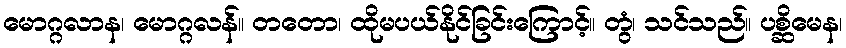
မောဂ္ဂလာန၊ မောဂ္ဂလန်။ တတော၊ ထိုမပယ်နိုင်ခြင်းကြောင့်။ တွံ၊ သင်သည်။ ပစ္ဆိမေန၊